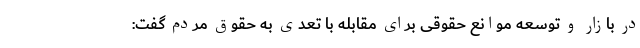
در بازار و توسعه موانع حقوقی برای مقابله با تعدی به حقوق مردم گفت: